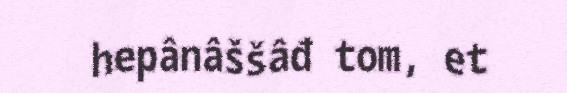
hepânâššâđ tom, et